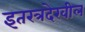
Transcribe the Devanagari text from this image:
इतरत्रदेखील